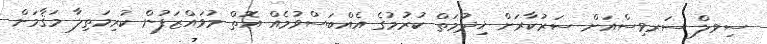
ސިވލް ސަރވިސްއަށް ސަރުކާރަށް ޚިދުމަތް ކުރުމުގެ އެއްބަސްވުމެއް އޮތް މުވައްޒަފުން ކުރިމަތިލާ މަޤާމަށް